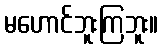
မဟောင်ဘူးကြဘူး။